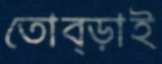
তোব্‌ড়াই